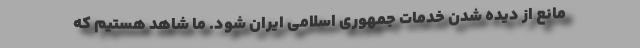
مانع از دیده شدن خدمات جمهوری اسلامی ایران شود. ما شاهد هستیم که